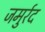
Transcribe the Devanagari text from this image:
जमुर्रद